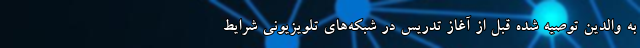
به والدین توصیه شده قبل از آغاز تدریس در شبکه‌های تلویزیونی شرایط